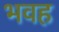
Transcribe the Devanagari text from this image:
भवह